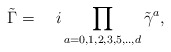
\begin{align*}\tilde{\Gamma} = \quad i \prod_{a=0,1,2,3,5,..,d} \tilde{\gamma}^a,\end{align*}